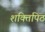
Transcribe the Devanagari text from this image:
शक्तिपिठ